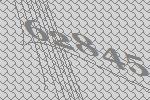
62845